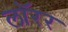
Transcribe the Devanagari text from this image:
लॉरर